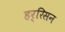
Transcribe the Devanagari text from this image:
हर्रिसन